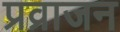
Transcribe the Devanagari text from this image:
प्रव्राजन